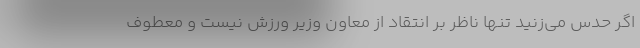
اگر حدس می‌زنید تنها ناظر بر انتقاد از معاون وزیر ورزش نیست و معطوف